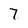
Character: 7